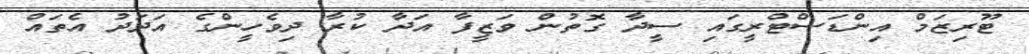
ޓޫރިޒަމް އިންޑަސްޓްރީގައި ސީދާ ގޮތުން ވަޒީފާ އަދާ ކުރާ ދިވެހީންގެ އަދަދު އެތައް